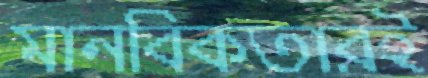
মানবিকতারই